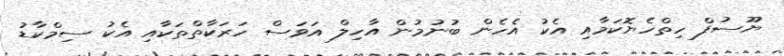
ޔޫސުފް ހިތްހެޔޮކަމާއި އެކު އެހެން ބުނުމުން އާހިލް އަވަސް ހަރަކާތްތަކާއި އެކު ސިމްކާޑު